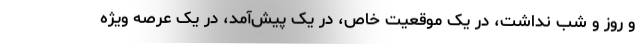
و روز و شب نداشت، در یک موقعیت خاص، در یک پیش‌آمد، در یک عرصه ویژه